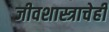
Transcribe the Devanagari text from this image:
जीवशास्त्राचेही